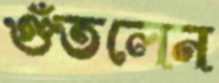
গুঁতলেন